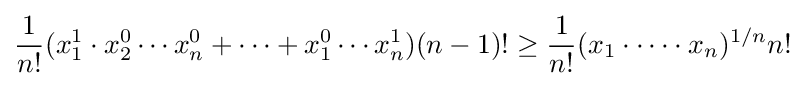
{\frac {1}{n!}}(x_{1}^{1}\cdot x_{2}^{0}\cdots x_{n}^{0}+\cdots +x_{1}^{0}\cdots x_{n}^{1})(n-1)!\geq {\frac {1}{n!}}(x_{1}\cdot \cdots \cdot x_{n})^{1/n}n!